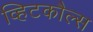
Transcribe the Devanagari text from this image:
व्हिटकौल्स